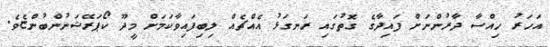
އަހަރު ހިއްސާ ދާރުންނަށް ފައިދާގެ ގޮތުގައި ރަނގަޅު އެއްޗެއް ލިބިފައިވާކަމަށް މީދޫ ކޯޕަރޭޝަނުންބުންޏެވެ.